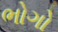
ભોગો